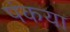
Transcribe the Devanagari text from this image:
पंकया